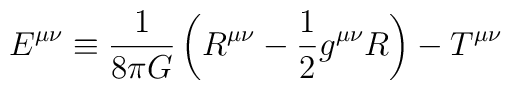
E^{\mu\nu}\equiv\frac{1}{8\pi G}    \left(R^{\mu\nu}-\frac{1}{2}g^{\mu\nu}R\right)-T^{\mu\nu}